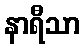
နာရီသာ